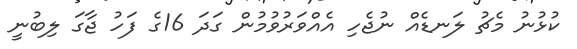
ކުޅުނު މެޗު ލަނޑެއް ނުޖެހި އެއްވަރުވުމުން ގަދަ 16ގެ ފަހު ޖާގަ ލިބުނީ